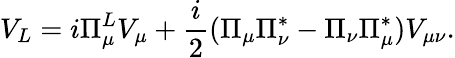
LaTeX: V_{L}=i\Pi_{\mu}^{L}V_{\mu}+\frac{i}{2}(\Pi_{\mu}\Pi_{\nu}^{*}-\Pi_{\nu}\Pi_{\mu}^{*})V_{\mu\nu}.